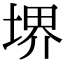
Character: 堺